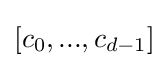
[c_{0},...,c_{d-1}]